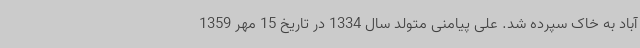
آباد به خاک سپرده شد. علی پیامنی متولد سال 1334 در تاریخ 15 مهر 1359